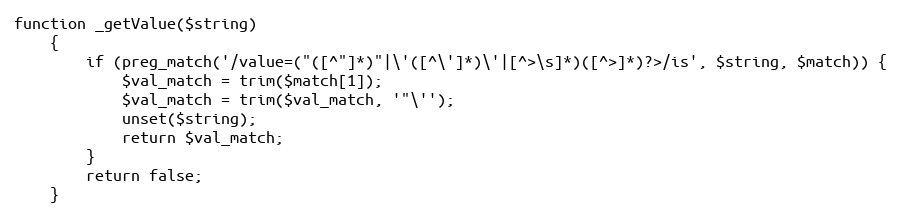
Language: PHP
function _getValue($string)
	{
		if (preg_match('/value=("([^"]*)"|\'([^\']*)\'|[^>\s]*)([^>]*)?>/is', $string, $match)) {
			$val_match = trim($match[1]);
			$val_match = trim($val_match, '"\'');
			unset($string);
			return $val_match;
		}
		return false;
	}